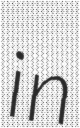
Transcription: in